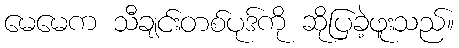
မေမေက သီချင်းတစ်ပုဒ်ကို ဆိုပြခဲ့ဖူးသည်။